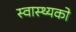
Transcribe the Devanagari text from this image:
स्वास्थ्यको